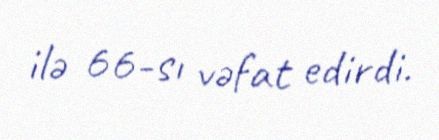
ilə 66-sı vəfat edirdi.